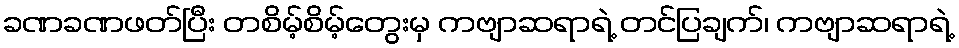
ခဏခဏဖတ်ပြီး တစိမ့်စိမ့်တွေးမှ ကဗျာဆရာရဲ့ တင်ပြချက်၊ ကဗျာဆရာရဲ့